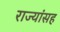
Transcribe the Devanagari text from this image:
राज्यांसह